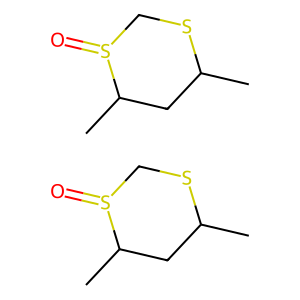
SMILES: CC1CC(C)S(=O)CS1.CC1CC(C)S(=O)CS1
Inhibits HIV replication: No